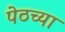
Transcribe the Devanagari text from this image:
पेठच्या